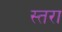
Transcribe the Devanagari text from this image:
स्तरा